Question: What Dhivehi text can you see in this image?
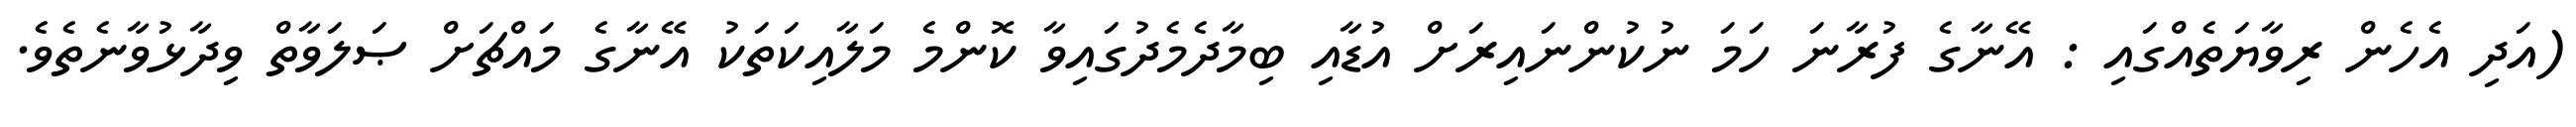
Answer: (އަދި އެހެން ރިވާޔަތެއްގައި : އޭނާގެ ފުރާނަ ހަމަ ނުކުންނައިރަށް އުޑާއި ބިމާދެމެދުގައިވާ ކޮންމެ މަލާއިކަތަކު އޭނާގެ މައްޗަށް ޞަލަވާތް ވިދާޅުވާނެތެވެ.